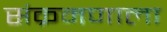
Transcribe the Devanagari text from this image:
संक्रमणाला